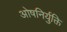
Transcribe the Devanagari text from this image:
ओषनिर्युक्ति